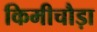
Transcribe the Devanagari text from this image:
किमीचौड़ा